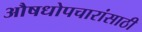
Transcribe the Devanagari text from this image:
औषधोपचारांसाठी